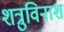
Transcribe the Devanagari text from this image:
शत्रुविनाश